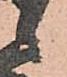
候